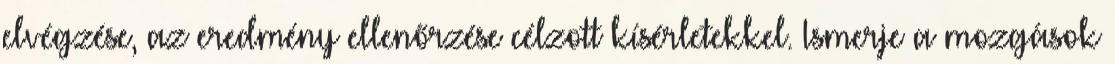
elvégzése, az eredmény ellenőrzése célzott kísérletekkel. Ismerje a mozgások